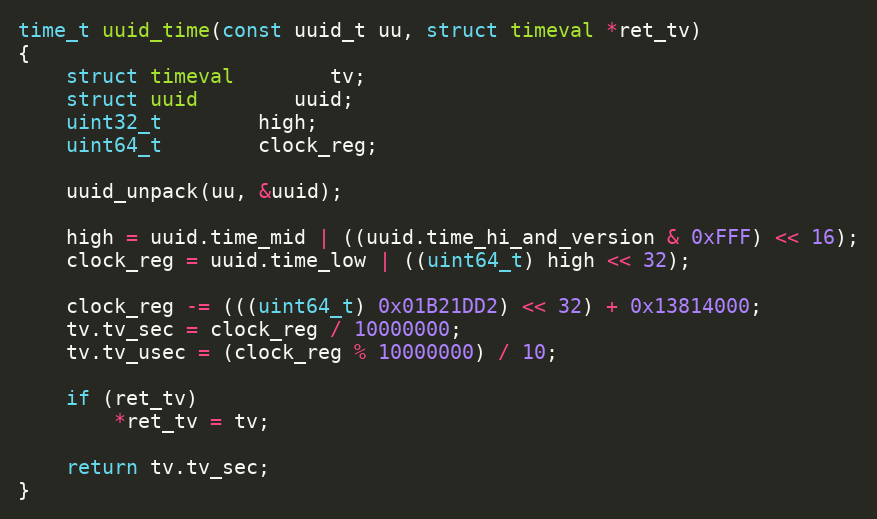
Language: C
time_t uuid_time(const uuid_t uu, struct timeval *ret_tv)
{
	struct timeval		tv;
	struct uuid		uuid;
	uint32_t		high;
	uint64_t		clock_reg;

	uuid_unpack(uu, &uuid);

	high = uuid.time_mid | ((uuid.time_hi_and_version & 0xFFF) << 16);
	clock_reg = uuid.time_low | ((uint64_t) high << 32);

	clock_reg -= (((uint64_t) 0x01B21DD2) << 32) + 0x13814000;
	tv.tv_sec = clock_reg / 10000000;
	tv.tv_usec = (clock_reg % 10000000) / 10;

	if (ret_tv)
		*ret_tv = tv;

	return tv.tv_sec;
}